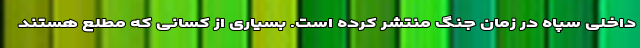
داخلی سپاه در زمان جنگ منتشر کرده است. بسیاری از کسانی که مطلع هستند